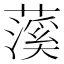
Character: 𬞥